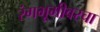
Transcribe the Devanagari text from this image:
रंगभूमीवरचा